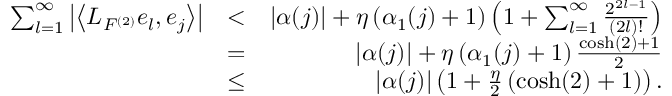
\begin{array} { r l r } { \sum _ { l = 1 } ^ { \infty } \left| \left\langle L _ { F ^ { ( 2 ) } } e _ { l } , e _ { j } \right\rangle \right| } & { < } & { \left| \alpha ( j ) \right| + \eta \left( \alpha _ { 1 } ( j ) + 1 \right) \left( 1 + \sum _ { l = 1 } ^ { \infty } \frac { 2 ^ { 2 l - 1 } } { ( 2 l ) ! } \right) } \\ & { = } & { \left| \alpha ( j ) \right| + \eta \left( \alpha _ { 1 } ( j ) + 1 \right) \frac { \cosh ( 2 ) + 1 } { 2 } } \\ & { \leq } & { \left| \alpha ( j ) \right| \left( 1 + \frac { \eta } { 2 } \left( \cosh ( 2 ) + 1 \right) \right) . } \end{array}